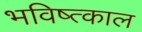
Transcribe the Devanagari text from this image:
भविष्त्काल